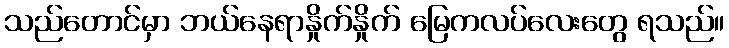
သည်တောင်မှာ ဘယ်နေရာနှိုက်နှိုက် မြေကလပ်လေးတွေ ရသည်။